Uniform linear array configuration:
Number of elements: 4
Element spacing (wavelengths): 0.5
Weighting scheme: binomial
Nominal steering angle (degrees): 60
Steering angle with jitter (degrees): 58.059
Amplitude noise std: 0.05
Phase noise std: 0.05

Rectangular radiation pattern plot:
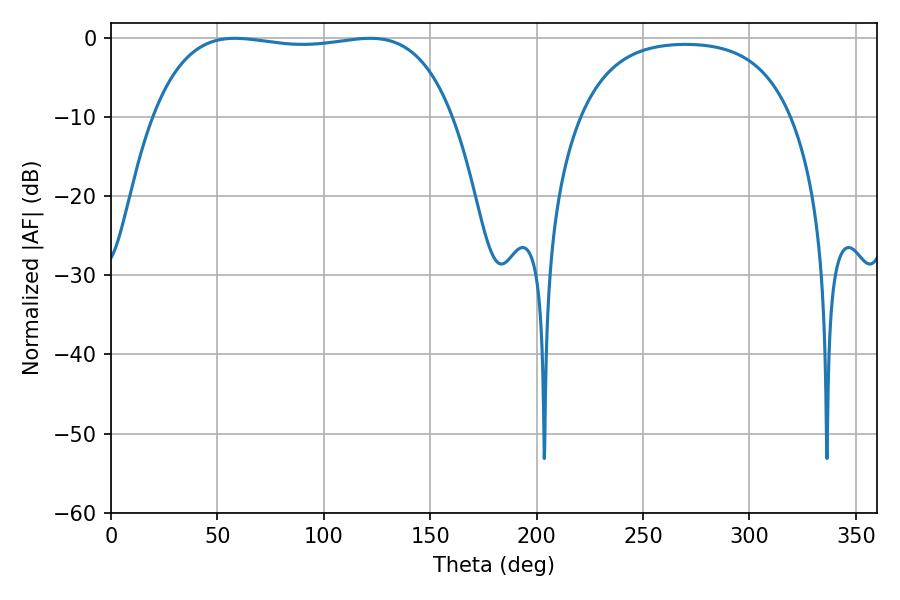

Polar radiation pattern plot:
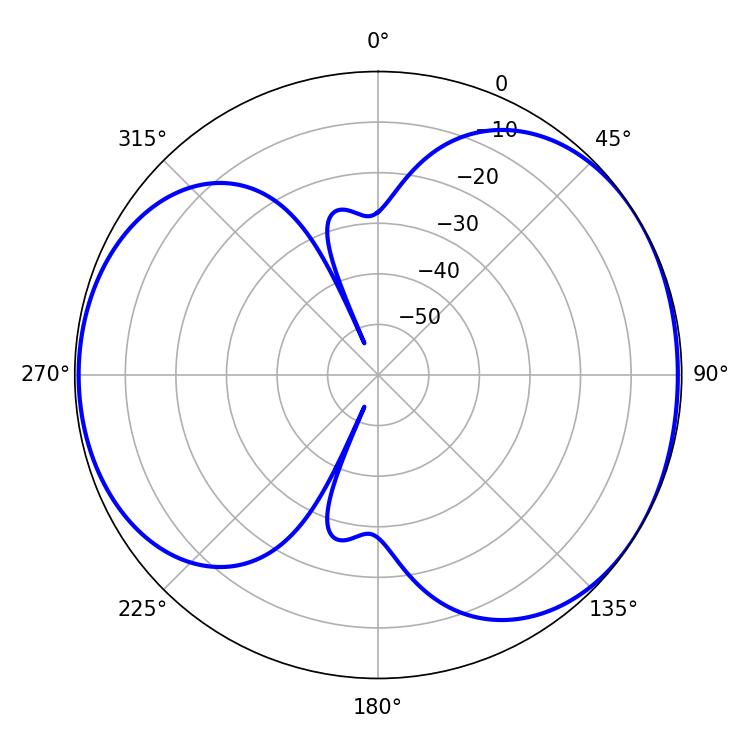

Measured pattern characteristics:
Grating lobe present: FALSE
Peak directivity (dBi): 4.965
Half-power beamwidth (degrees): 112.32
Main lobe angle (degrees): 58.32